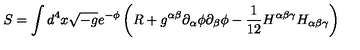
S = \int d ^ { 4 } x \sqrt { - g } e ^ { - \phi } \left( R + g ^ { \alpha \beta } \partial _ { \alpha } \phi \partial _ { \beta } \phi - \frac 1 { 1 2 } H ^ { \alpha \beta \gamma } H _ { \alpha \beta \gamma } \right)